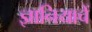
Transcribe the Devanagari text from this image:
ज्ञानियाचें